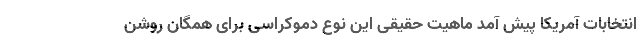
انتخابات آمریکا پیش آمد ماهیت حقیقی این نوع دموکراسی برای همگان روشن